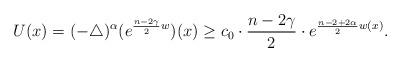
LaTeX: \begin{align*}U(x)=(-\triangle)^{\alpha}(e^{\frac{n-2\gamma}{2}w})(x)\geq c_0\cdot\frac{n-2\gamma}{2}\cdot e^{\frac{n-2+2\alpha}{2}w(x)}.\end{align*}